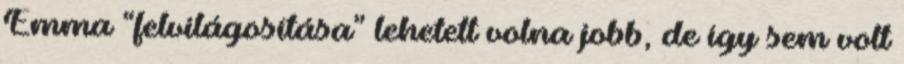
Emma “felvilágosítása” lehetett volna jobb, de így sem volt